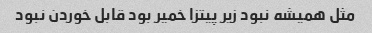
مثل همیشه نبود زیر پیتزا خمیر بود قابل خوردن نبود